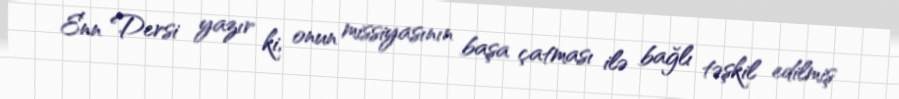
Enn Dersi yazır ki, onun missiyasının başa çatması ilə bağlı təşkil edilmiş